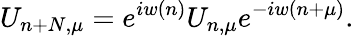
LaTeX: U_{n+N,\mu}=e^{iw(n)}U_{n,\mu}e^{-iw(n+\mu)}.